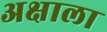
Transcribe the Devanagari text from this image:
अक्षाला